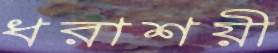
ধরাশয়ী